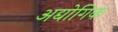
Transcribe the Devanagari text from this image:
अद्योगिक